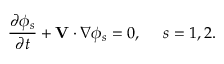
\frac { \partial \phi _ { s } } { \partial t } + \mathbf { V } \cdot \nabla \phi _ { s } = 0 , ~ ~ ~ ~ s = 1 , 2 .